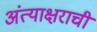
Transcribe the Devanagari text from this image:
अंत्याक्षराची